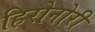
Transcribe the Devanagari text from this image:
हिरोनोरी